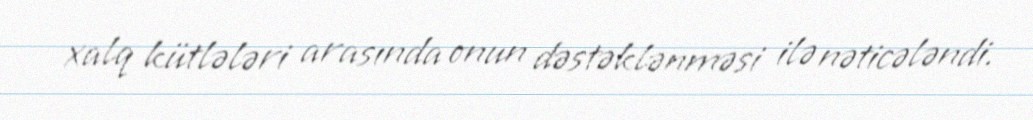
xalq kütlələri arasında onun dəstəklənməsi ilə nəticələndi.